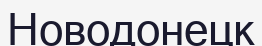
Новодонецк